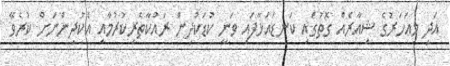
އަދި މިއަހަރުގެ ޝިއާރެއް ގޮތުގައި ކަނޑައަޅާފައި ވަނީ ކުޑަކުދިން ރައްކާތެރިކުރުމާއި އެކުދިންނަށް ކުރެވޭ